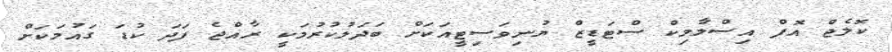
ކޮލެޖް އޮފް އިސްލާމިކް ސްޓަޑީޒް ޔުނިވަސިޓީއަކަށް ބަދަލުކުރުމަކީ ރާއްޖެ ފަދަ ކުޑަ ގައުމަކަށް